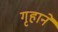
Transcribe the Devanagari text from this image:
गृहाने